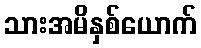
သားအမိနှစ်ယောက်